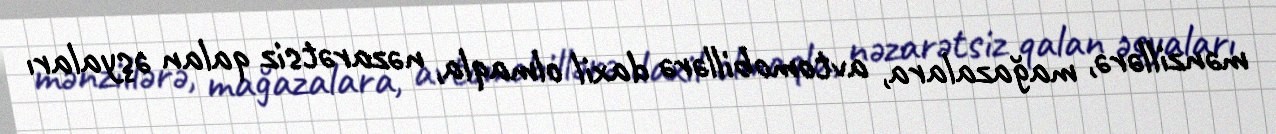
mənzillərə, mağazalara, avtomobillərə daxil olmaqla, nəzarətsiz qalan əşyaları